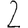
Digit: 2